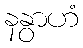
နနွာဟံ